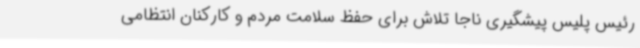
رئیس پلیس پیشگیری ناجا تلاش برای حفظ سلامت مردم و کارکنان انتظامی